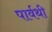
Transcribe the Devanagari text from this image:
पार्वथी